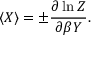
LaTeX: \langle X \rangle = \pm { \frac { \partial \ln Z } { \partial \beta Y } } .